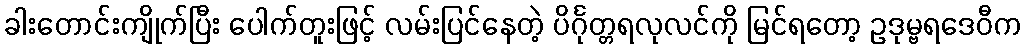
ခါးတောင်းကျိုက်ပြီး ပေါက်တူးဖြင့် လမ်းပြင်နေတဲ့ ပိင်္ဂုတ္တရလုလင်ကို မြင်ရတော့ ဥဒုမ္ဗရဒေဝီက